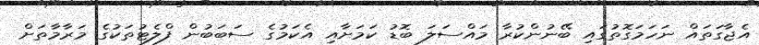
އެޖާގަތައް ނަހަމަގޮތުގައި ބޭނުންކުރާ މައްސަލަ ބޮޑު ކަމަށާއި އެކަމުގެ ސަބަބުން ފްލެޓުތަކުގެ މަރާމާތަށް